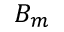
B _ { m }